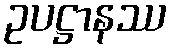
ဥပဋ္ဌာနဿ